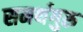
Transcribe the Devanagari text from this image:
समर्थगुरु